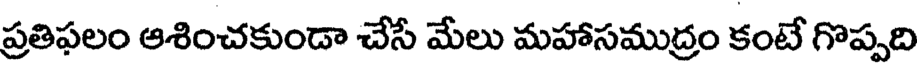
ప్రతిఫలం ఆశించకుండా చేసే మేలు మహాసముద్రం కంటే గొప్పది